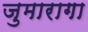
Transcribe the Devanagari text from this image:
जुमारागा